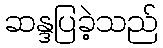
ဆန္ဒပြခဲ့သည်